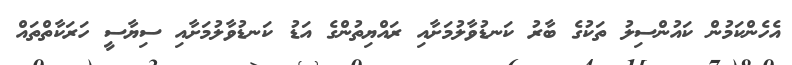
އެހެންކަމުން ކައުންސިލު ތަކުގެ ބާރު ކަނޑުވާލުމަށާއި ރައްޔިތުންގެ އަޑު ކަނޑުވާލުމަށާއި ސިޔާސީ ހަރަކާތްތައް